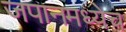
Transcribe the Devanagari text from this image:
जपानमध्येच